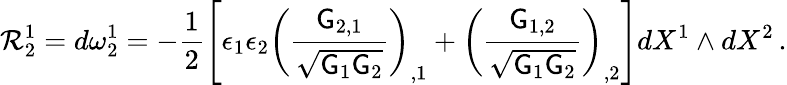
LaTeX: \mathcal{R}^{1}_{2}=d\omega^{1}_{2}=-\frac{1}{2}\left[\epsilon_{1}\epsilon_{2}\left(\frac{\mathsf{G}_{2,1}}{\sqrt{\mathsf{G}_{1}\mathsf{G}_{2}}}\right)_{,1}+\left(\frac{\mathsf{G}_{1,2}}{\sqrt{\mathsf{G}_{1}\mathsf{G}_{2}}}\right)_{,2}\right]dX^{1}\wedge dX^{2}\, .